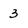
Character: 3